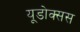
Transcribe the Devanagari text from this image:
यूडोक्सस